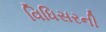
વિધિસરની